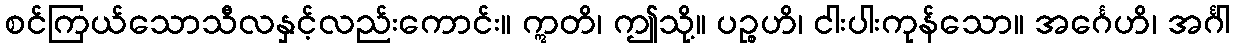
စင်ကြယ်သောသီလနှင့်လည်းကောင်း။ ဣတိ၊ ဤသို့။ ပဉ္စဟိ၊ ငါးပါးကုန်သော။ အင်္ဂေဟိ၊ အင်္ဂါ